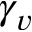
\gamma _ { v }